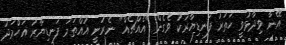
އޭނާ ވިދާޅުވީ ހަތަރު ފަނޑިޔާރަކު ވެގެން "އެއްޗެއް" ނެރުނީ އުއްތަމަ ފަނޑިޔާރު އަހްމަދު